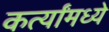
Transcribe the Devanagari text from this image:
कर्त्यांमध्ये